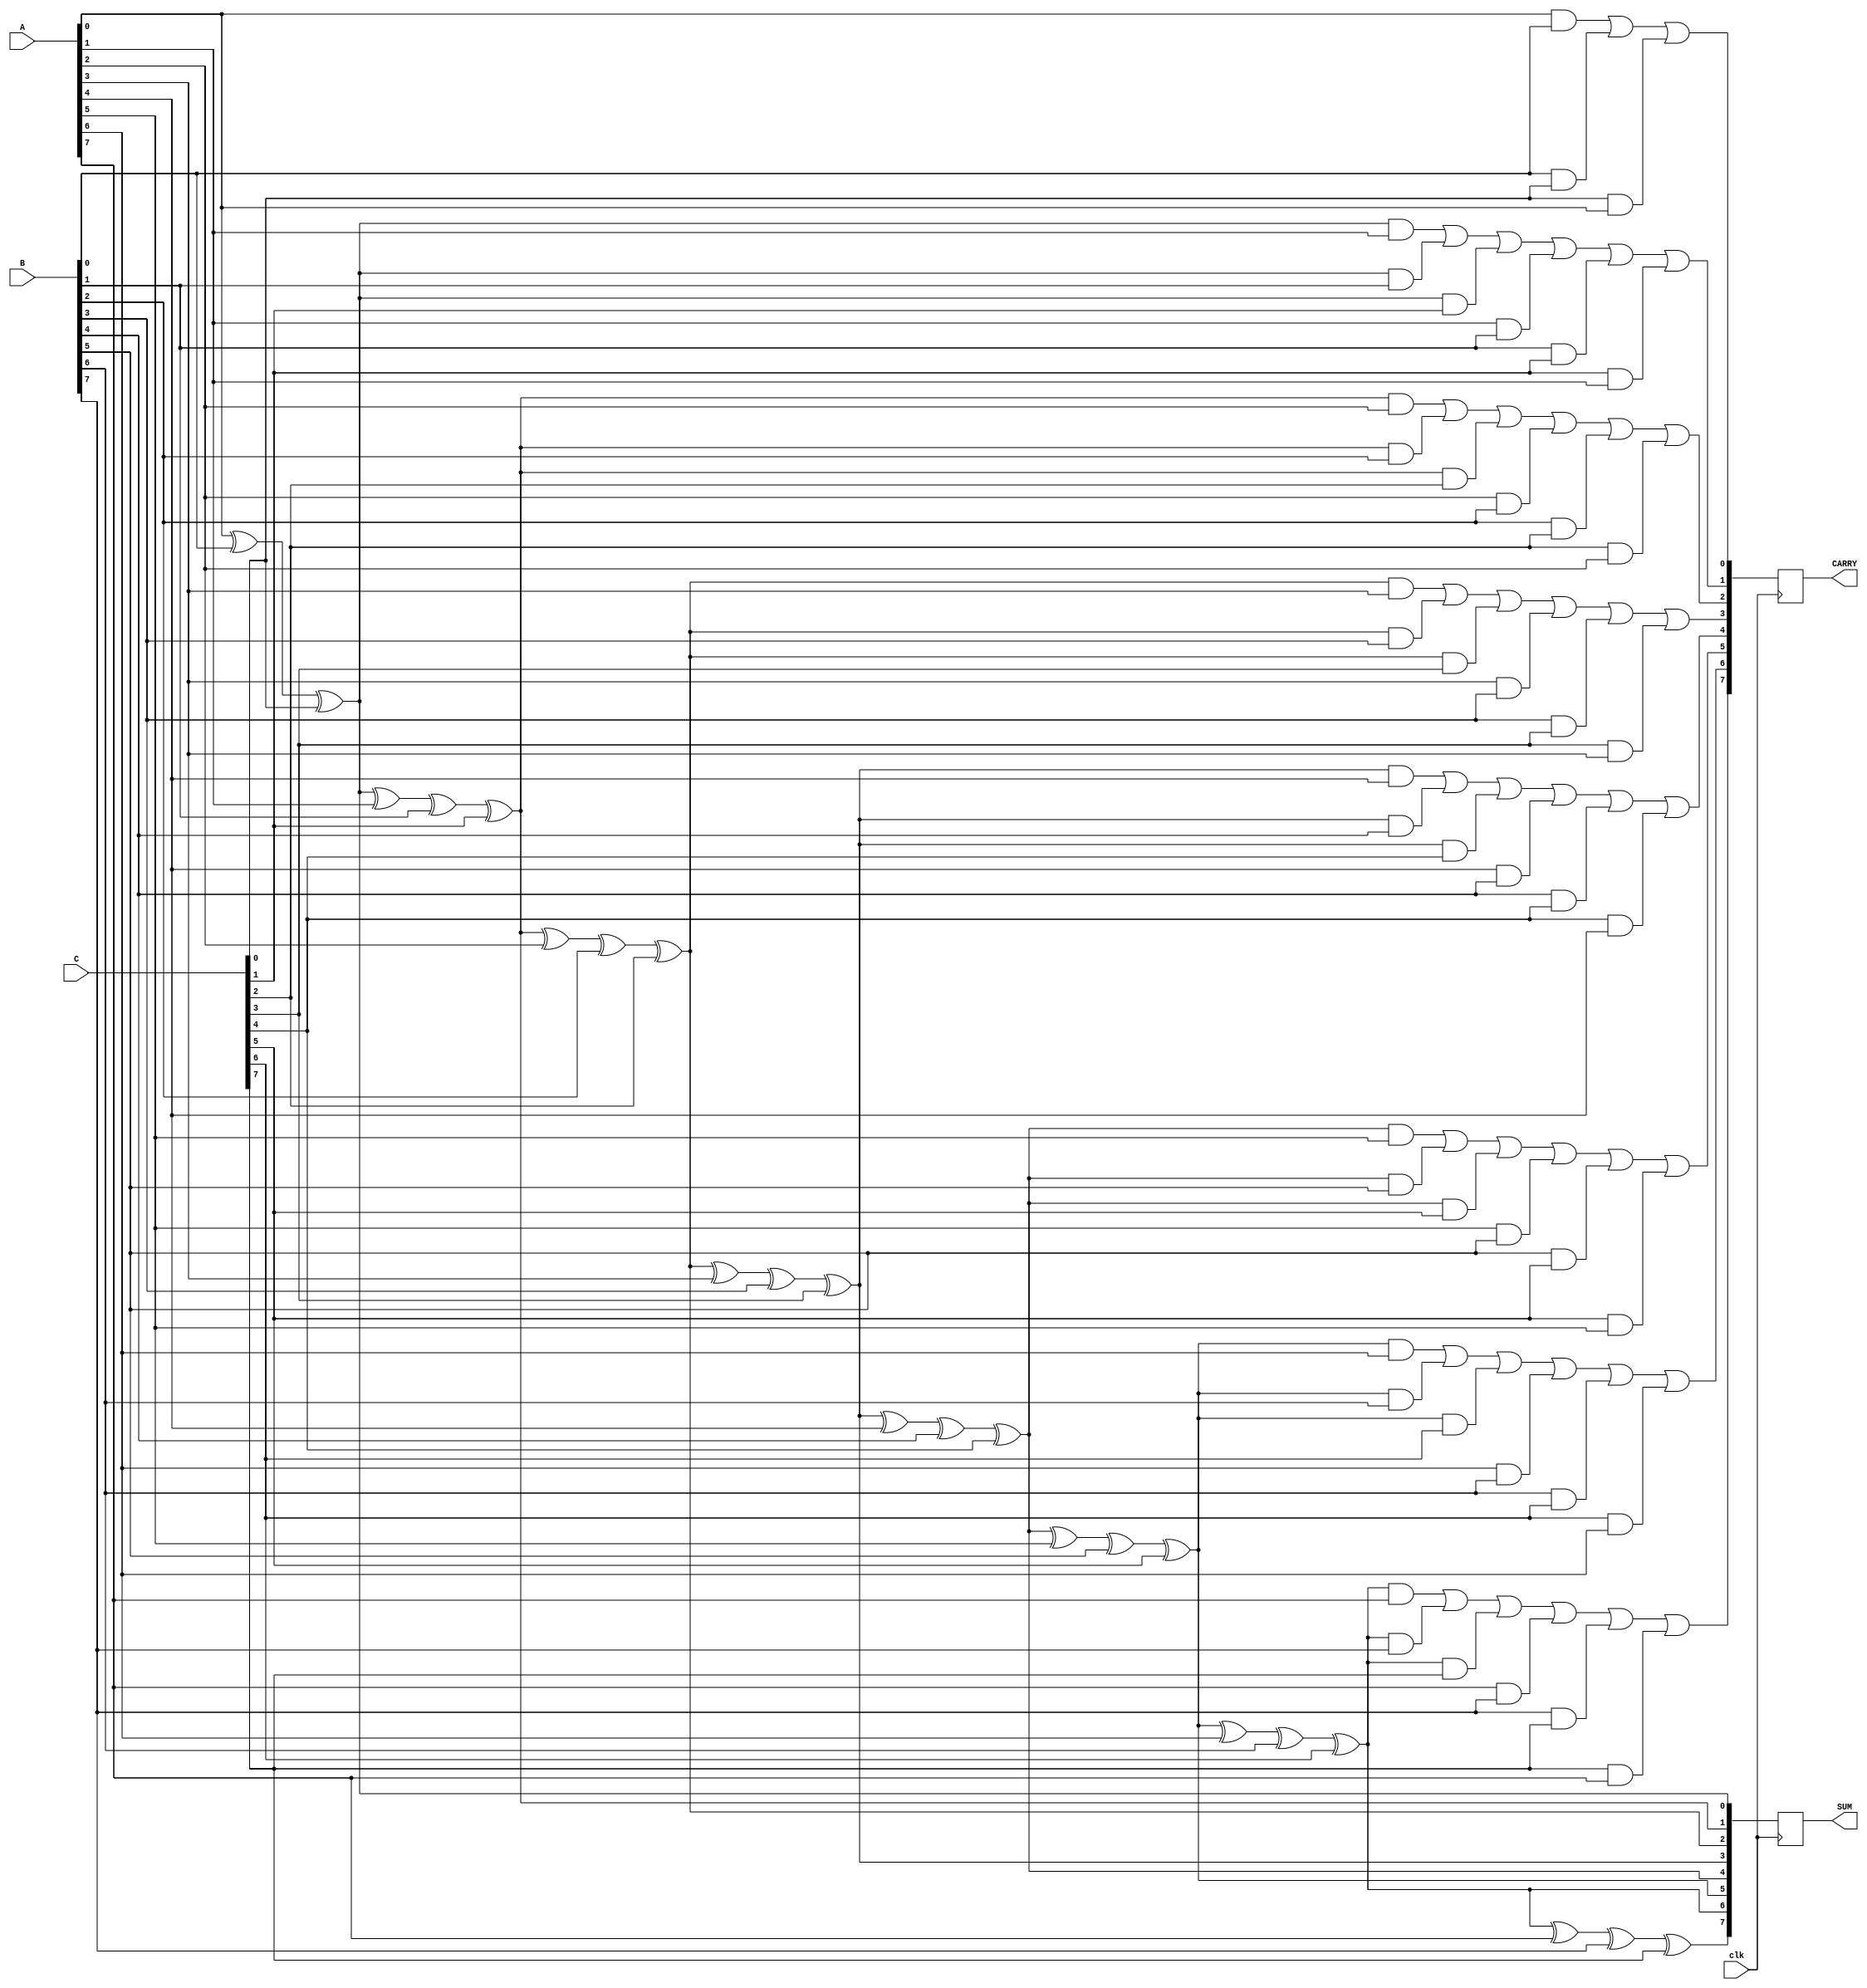
module Dynamic_Carry_Save_Adder (
    input wire clk,               // Clock signal for dynamic logic
    input wire [N-1:0] A,        // First input operand
    input wire [N-1:0] B,        // Second input operand
    input wire [N-1:0] C,        // Third input operand
    output reg [N-1:0] SUM,      // Sum output
    output reg [N-1:0] CARRY      // Carry output
);
    parameter N = 8;             // Width of the operands

    // Intermediate wires for sum and carry
    wire [N-1:0] sum_intermediate;
    wire [N-1:0] carry_intermediate;

    // Full adder logic for three inputs
    genvar i;
    generate
        for (i = 0; i < N; i = i + 1) begin: full_adder
            if (i == 0) begin
                // First stage: Add A[i], B[i], C[i]
                assign sum_intermediate[i] = A[i] ^ B[i] ^ C[i];
                assign carry_intermediate[i] = (A[i] & B[i]) | (B[i] & C[i]) | (C[i] & A[i]);
            end else begin
                // Subsequent stages: Add sum from previous stage and carry
                assign sum_intermediate[i] = sum_intermediate[i-1] ^ A[i] ^ B[i] ^ C[i];
                assign carry_intermediate[i] = (sum_intermediate[i-1] & A[i]) | (sum_intermediate[i-1] & B[i]) | (sum_intermediate[i-1] & C[i]) |
                                               (A[i] & B[i]) | (B[i] & C[i]) | (C[i] & A[i]);
            end
        end
    endgenerate

    // Register the outputs on clock edge
    always @(posedge clk) begin
        SUM <= sum_intermediate;
        CARRY <= carry_intermediate;
    end

endmodule